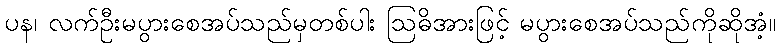
ပန၊ လက်ဦးမပွားစေအပ်သည်မှတစ်ပါး ဩဓိအားဖြင့် မပွားစေအပ်သည်ကိုဆိုအံ့။